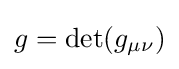
g=\det(g_{\mu \nu })